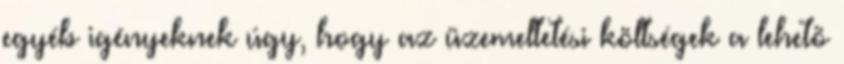
egyéb igényeknek úgy, hogy az üzemeltetési költségek a lehetõ